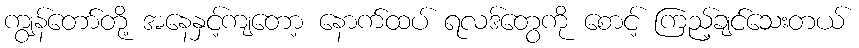
ကျွန်တော်တို့ အနေနှင့်ကျတော့ နောက်ထပ် ရလဒ်တွေကို စောင့် ကြည့်ချင်သေးတယ်